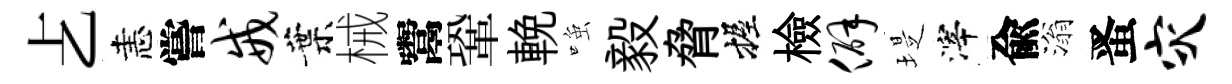
𠧒恚嘗戒葉械鬻鞏輓𫪻毅脅握檢僻堤滓兪滃󱉠灾